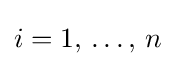
i=1,\,\ldots ,\,n